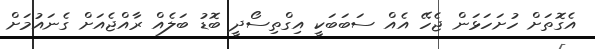
އެގޮތަށް ހުށަހަޅަން ޖެހޭ އެއް ސަބަބަކީ އިގްތިސޯދީ ބޮޑު ބަލެއް ރާއްޖެއަށް ގެނައުމަށް